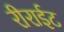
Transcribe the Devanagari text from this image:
रीराईट